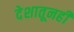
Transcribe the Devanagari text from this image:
देशातूनही